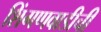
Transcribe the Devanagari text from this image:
शिंगणवाडीची